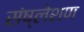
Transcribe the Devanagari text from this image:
संष्लेशण